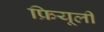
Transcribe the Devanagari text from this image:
फ्रियूली